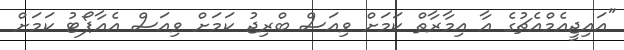
"އައިޖީއެމްއެޗުގެ އާ އިމާރާތް ކަމަށް ވިއަސް ބްރިޖު ކަމަށް ވިއަސް އެއާޕޯޓު ކަމަށް